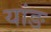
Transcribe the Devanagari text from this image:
यांङ